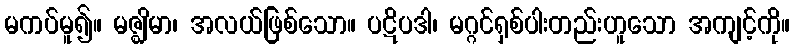
မကပ်မူ၍။ မဇ္ဈိမာ၊ အလယ်ဖြစ်သော။ ပဋိပဒါ၊ မဂ္ဂင်ရှစ်ပါးတည်းဟူသော အကျင့်ကို။